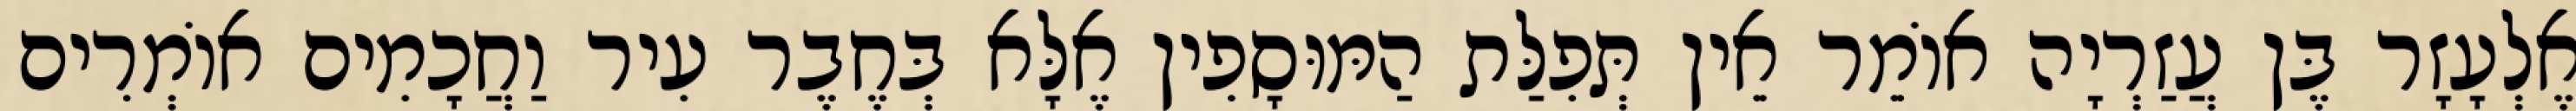
אֶלְעָזָר בֶּן עֲזַרְיָה אוֹמֵר אֵין תְּפִלַּת הַמּוּסָפִין אֶלָּא בְּחֶבֶר עִיר וַחֲכָמִים אוֹמְרִים